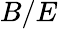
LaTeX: B/E